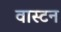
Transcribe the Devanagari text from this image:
वास्टन